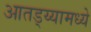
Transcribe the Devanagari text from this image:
आतड्य्यामध्ये